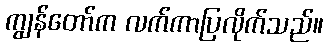
ကျွန်တော်က လက်ကာပြလိုက်သည်။